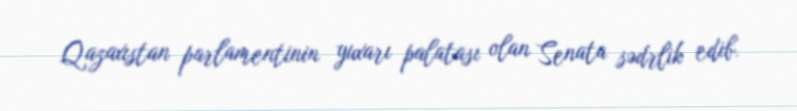
Qazaxıstan parlamentinin yuxarı palatası olan Senata sədrlik edib.